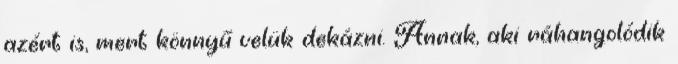
azért is, mert könnyű velük dekázni. Annak, aki ráhangolódik